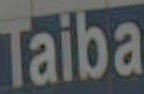
Taiba